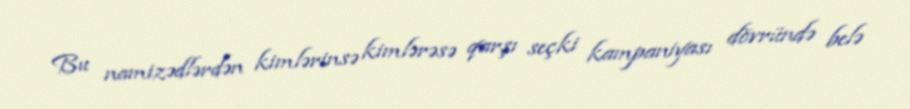
Bu namizədlərdən kimlərinsə kimlərəsə qarşı seçki kampaniyası dövründə belə